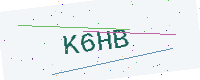
Text: K6HB